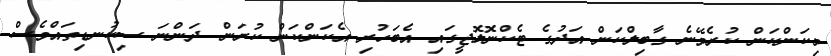
މިކަންކަން ކުރެވޭނެ ގާބިލްކަން އަދުގެ ޓެކްނޮލޮޖީގައި އެބަހުރި އެކަންކަން ކުރަން ދަންނަ ސިކުނޑިތައްވެސް